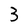
Character: 3